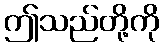
ဤသည်တို့ကို